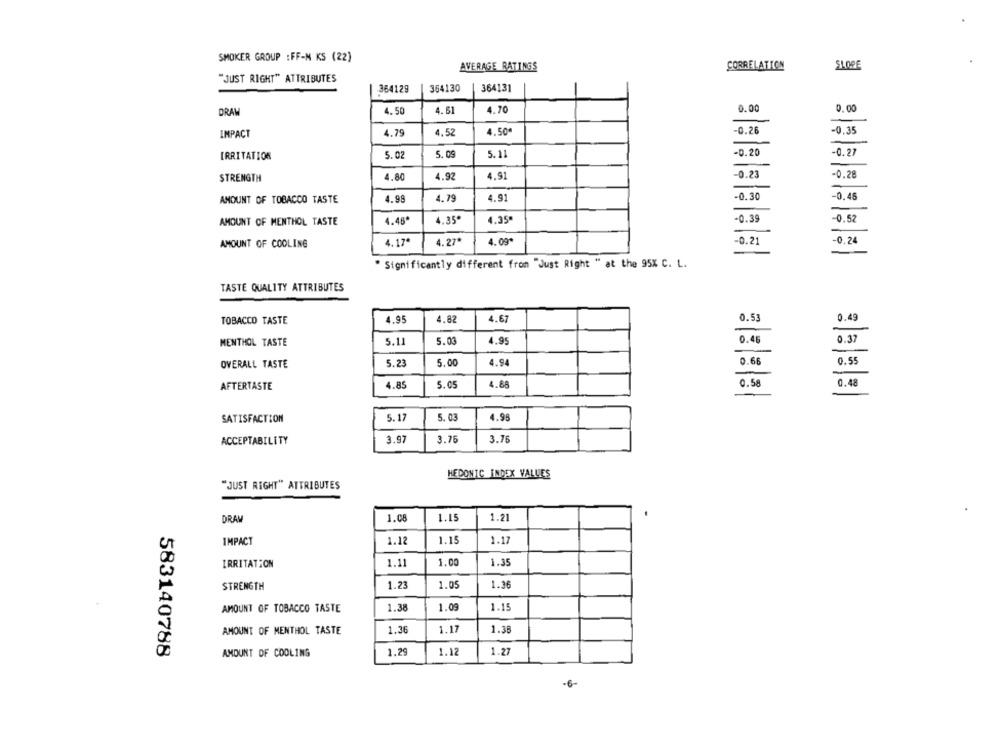
SMOKER GROUP : FF-N KS (22)
AVERAGE RATINGS
CORRELATION
SLOPE
"JUST RIGHT" ATTRIBUTES
364129
364130
364131
DRAW
4.50
4.61
4.70
0.00
0.00
IMPACT
4.79
4,52
4.50ª
-0.26
-0.35
IRRITATION
5.02
5.09
5.11
-0.20
-0.27
STRENGTH
4.80
4.92
4.91
-0.23
-0.28
-0.30
-0.45
AMOUNT OF TOBACCO TASTE
4.98
4.79
4.91
-0.39
-0.52
AMOUNT OF MENTHOL TASTE
4.45*
4.35*
4.35ª
4.27*
4.09*
-0.21
-0.24
AMOUNT OF COOLING
4.17ª
" Significantly different from "Just Right " at the 95X C. L.
TASTE QUALITY ATTRIBUTES
0.49
TOBACCO TASTE
4.95
4.82
4.67
0.53
0.46
0.37
MENTHOL TASTE
5.11
5.03
4.95
0.66
0.55
OVERALL TASTE
5.23
5.00
4.94
0.58
0.48
AFTERTASTE
4.85
5.05
4.88
SATISFACTION
5.17
5.03
4.98
ACCEPTABILITY
3.97
3.75
3.76
HEDONIC INDEX VALUES
"JUST RIGHT" ATTRIBUTES
1.08
1.15
1.21
DRAM
IMPACT
1.12
1.15
1.17
IRRITATION
1.11
1.00
1.35
STRENGTH
1.23
1.05
1.36
1.38
1.09
1.15
AMOUNT OF TOBACCO TASTE
AMOUNT OF MENTHOL TASTE
1.36
1.17
1.38
583140788
AMOUNT OF COOLING
1.29
1.12
1.2
-6-